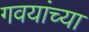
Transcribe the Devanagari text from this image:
गवयांच्या